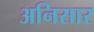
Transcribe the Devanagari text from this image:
अनिसार